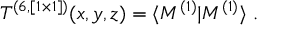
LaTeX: { \cal T } ^ { ( 6 , [ 1 \times 1 ] ) } ( x , y , z ) = \langle { \cal M } ^ { ( 1 ) } | { \cal M } ^ { ( 1 ) } \rangle \; .